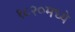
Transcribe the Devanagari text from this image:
१८२०मध्ये